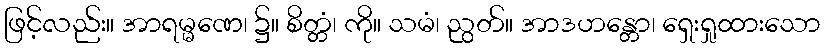
ဖြင့်လည်း။ အာရမ္မဏေ၊ ၌။ စိတ္တံ၊ ကို။ သမံ၊ ညွတ်။ အာဒဟန္တော၊ ရှေးရှုထားသော